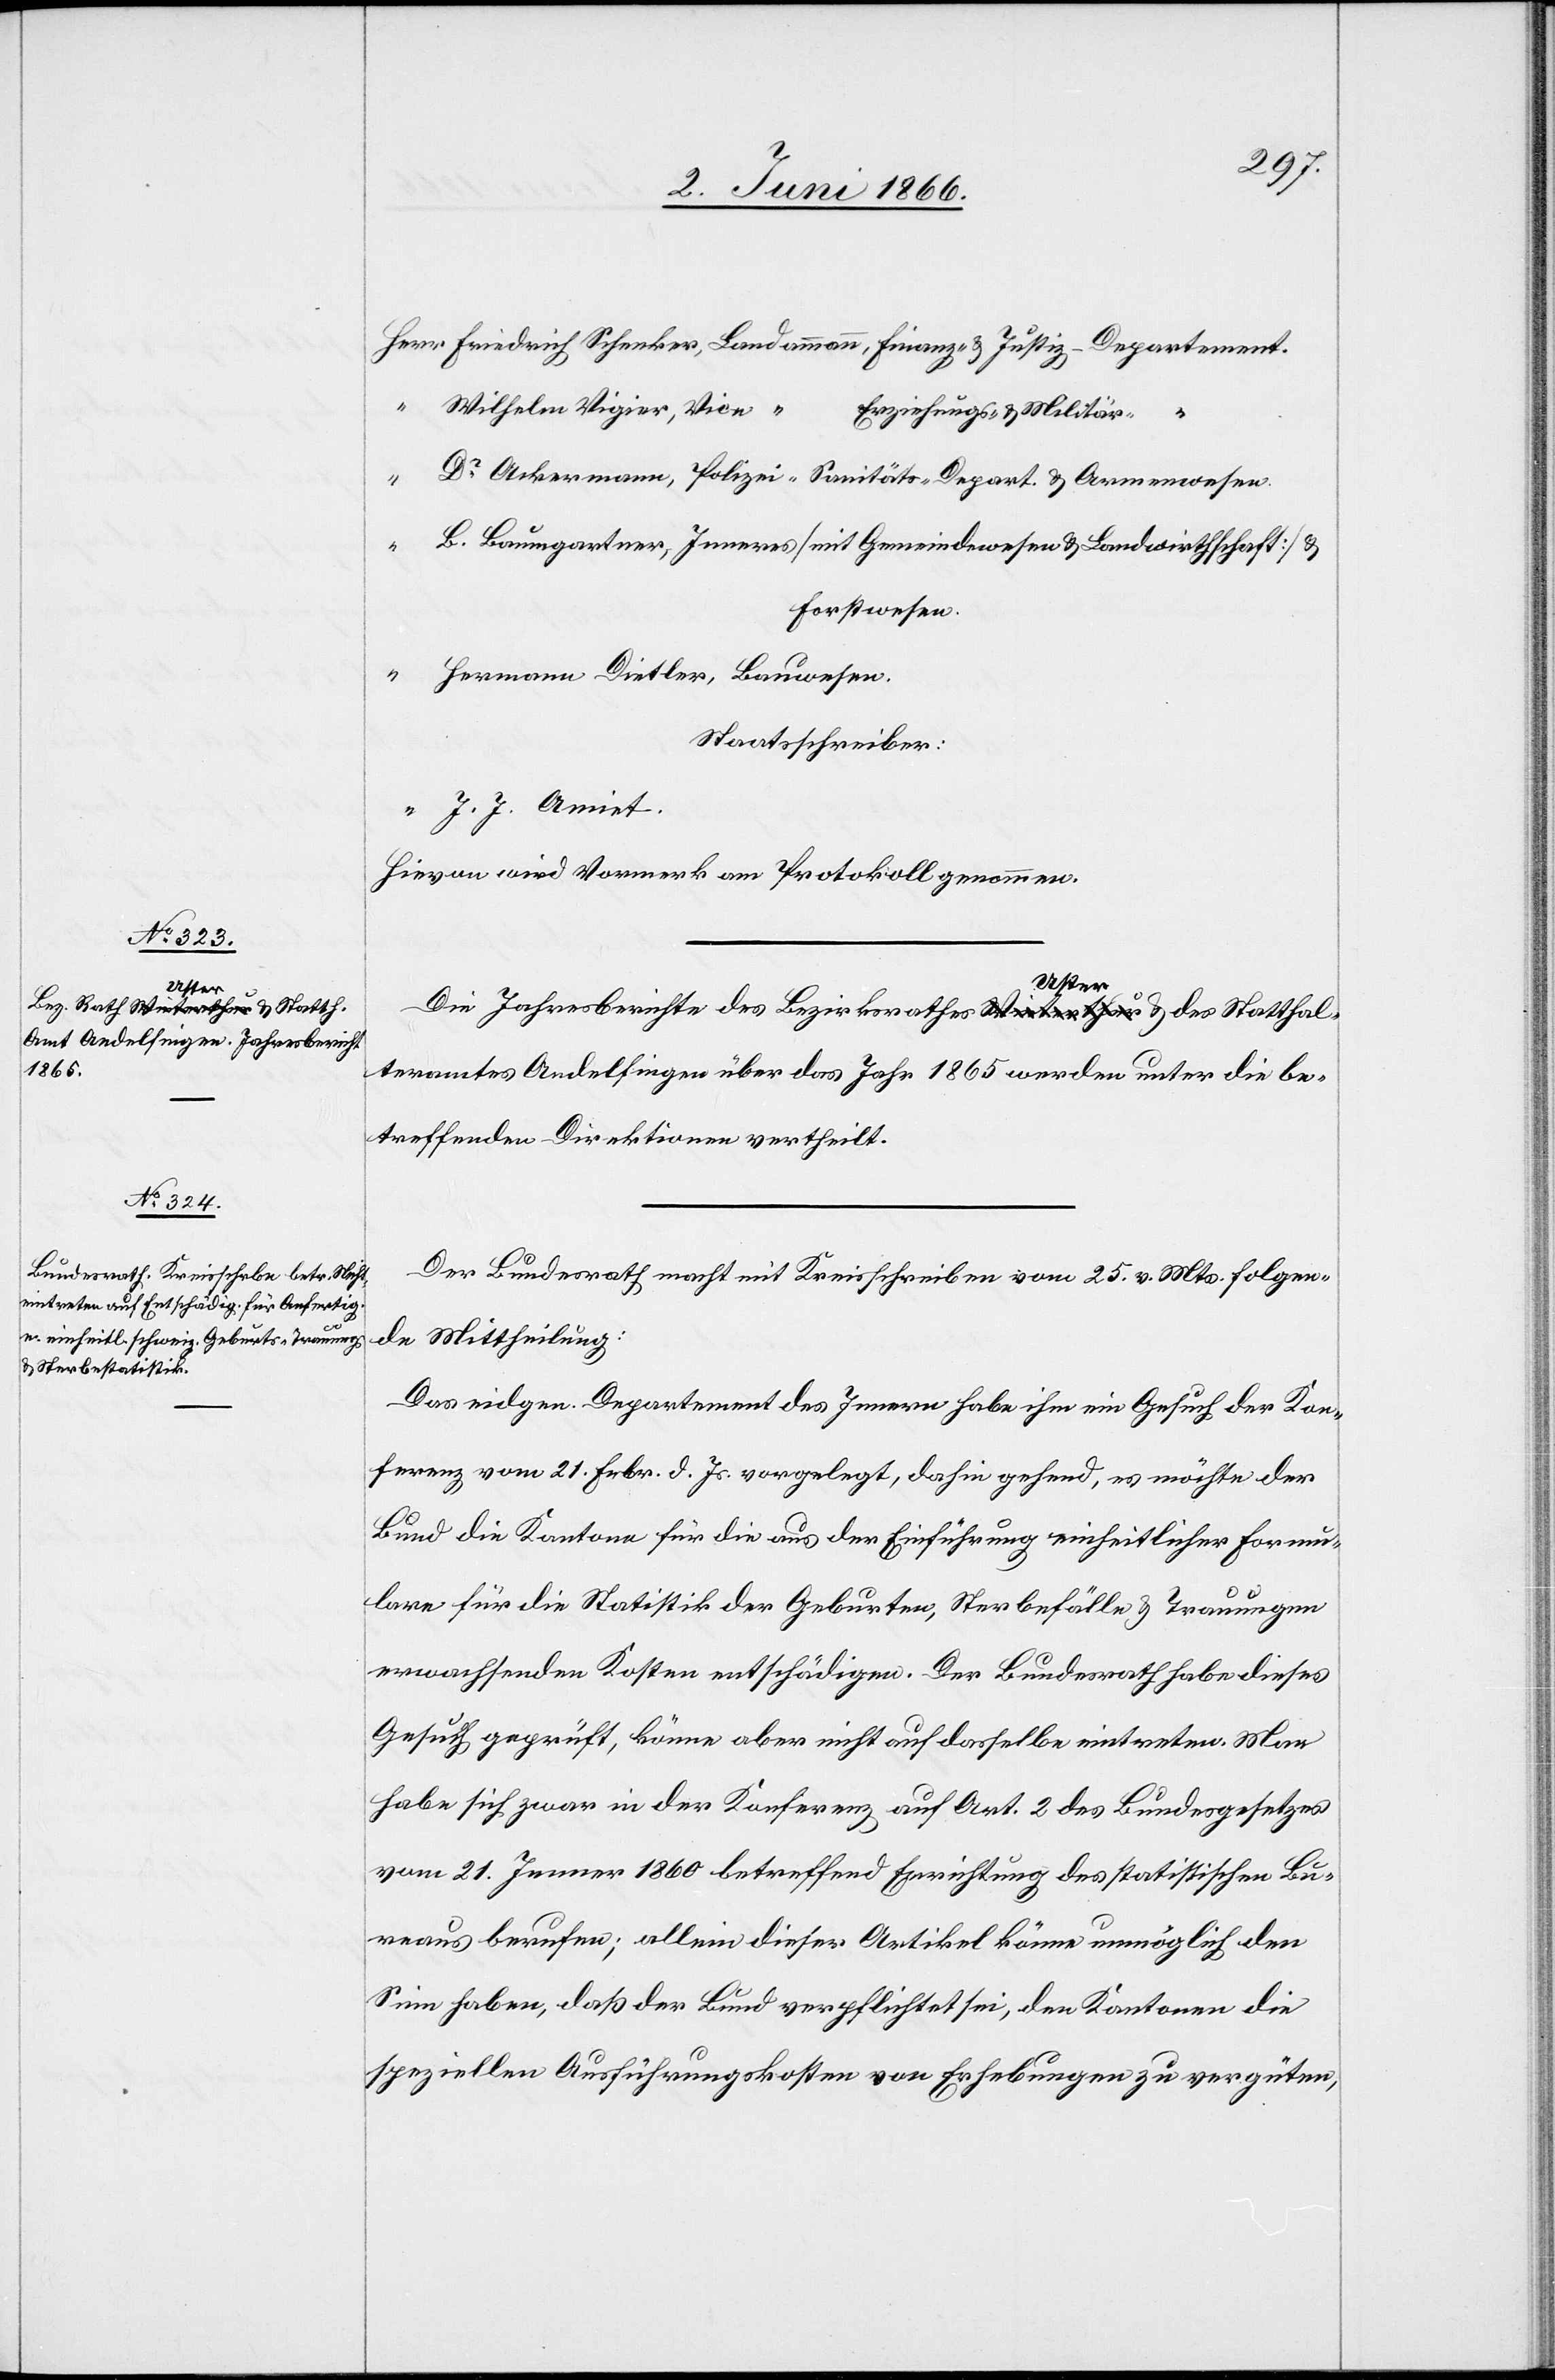
Herr Friedrich Schnecker, Landamann, Finanz- u. Justiz-Departement.
“ Wilhelm Vigier, Vice- “ Erziehungs- u. Militär- “
Dr. Ackermann, Polizei-[,] Sanitäts-Depart. u. Armenwesen.
“ B. Baumgartner, Inneres [mit Gemeindwesen u. Landwirthschaft] u.
Forstwesen.
“ Hermann Dietler, Bauwesen.
Staatsschreiber:
“ J. J. Amiet.
Hievon wird Vormerk am Protokoll genommen.
Die Jahresberichte des Bezirksrathes Uster u. des Statthal¬
teramtes Andelfingen über das Jahr 1865 werden unter die be¬
treffenden Direktionen vertheilt.
Der Bundesrath macht mit Kreisschreiben vom 25. v. Mts. folgen¬
de Mittheilung:
Das eidgen. Departement des Innern habe ihm ein Gesuch der Kon¬
ferenz vom 21. Febr. d. Js. vorgelegt, dahin gehend, es möchte der
Bund die Kantone für die aus der Einführung einheitlicher Formu¬
lare für die Statistik der Geburten, Sterbefälle u. Trauungen
erwachsenden Kosten entschädigen. Der Bundesrath habe dieses
Gesuch geprüft, könne aber nicht auf dasselbe eintreten. Man
habe sich zwar in der Konferenz auf Art. 2 des Bundesgesetzes
vom 21. Jenner 1860 betreffend Errichtung des statistischen Bu¬
reaus berufen; allein dieser Artikel könne unmöglich den
Sinn haben, daß der Bund verpflichtet sei, den Kantonen die
speziellen Ausführungskosten von Erhebungen zu vergüten,